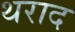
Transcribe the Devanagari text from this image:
थराद